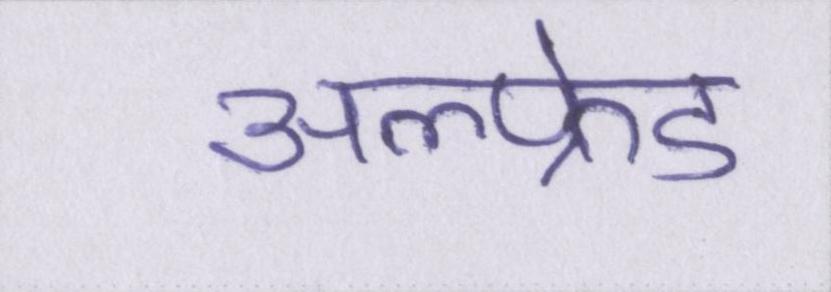
अल्फ्रेड